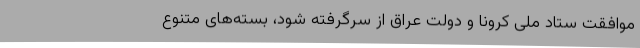
موافقت ستاد ملی کرونا و دولت عراق از سرگرفته شود، بسته‌های متنوعِ